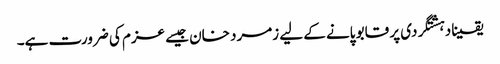
یقینا دہشتگردی پر قابو پانے کے لیے زمرد خان جیسے عزم کی ضرورت ہے۔